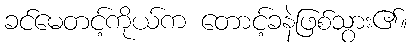
ခင်မေတင့်ကိုယ်က တောင့်ခနဲဖြစ်သွား၏။